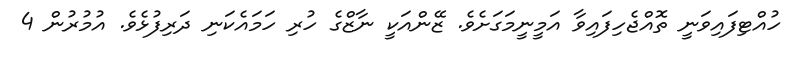
ހުއްޓިފައިވަނީ ތޮއްޖެހިފައިވާ އަމީނީމަގަށެވެ. ޒޭންއަކީ ނާޒްގެ ހުރި ހަމައެކަނި ދަރިފުޅެވެ. އުމުރުން 4